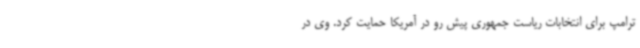
ترامپ برای انتخابات ریاست جمهوری پیش رو در آمریکا حمایت کرد. وی در